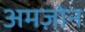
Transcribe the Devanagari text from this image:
अमज़ोन